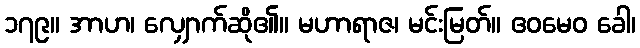
၁၇၉။ အာဟ၊ လျှောက်ဆို၏။ မဟာရာဇ၊ မင်းမြတ်။ ဧဝမေဝ ခေါ၊